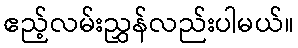
ဧည့်လမ်းညွှန်လည်းပါမယ်။